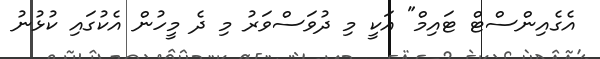
އެގެއިންސްޓް ޓައިމް" އަކީ މި ދުވަސްވަރު މި ދެ މީހުން އެކުގައި ކުޅުނު